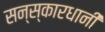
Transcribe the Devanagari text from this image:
सन्स्कारधानी